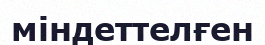
міндеттелғен